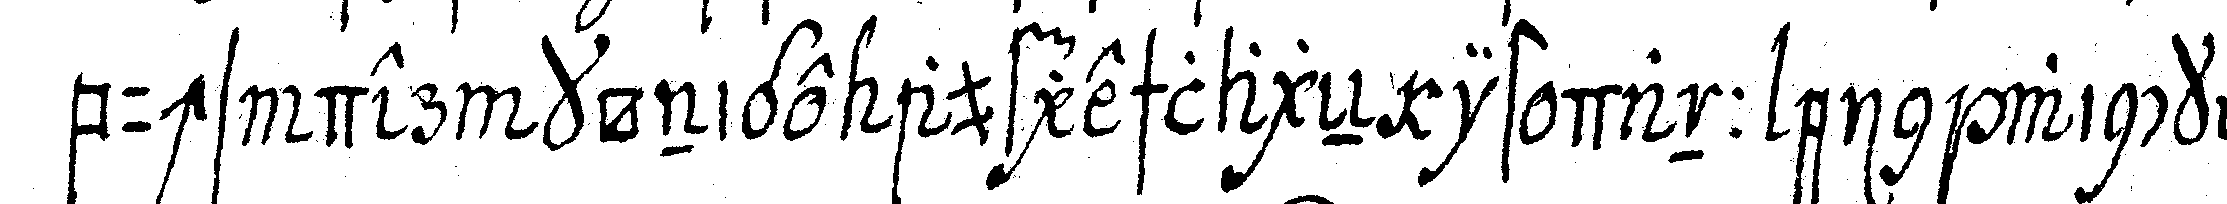
buchs der könige aufgeschlageN ist dann ein winckel